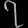
Digit: ၇